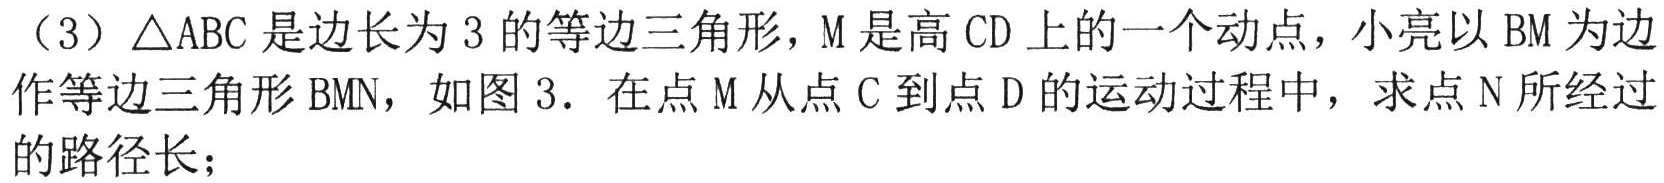
（3）\(\triangle ABC\)是边长为\(3\)的等边三角形，\(M\)是高\(CD\)上的一个动点，小亮以\(BM\)为边作等边三角形\(BMN\)，如图\(3\)．在点\(M\)从点\(C\)到点\(D\)的运动过程中，求点\(N\)所经过的路径长；